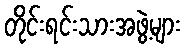
တိုင်းရင်းသားအဖွဲ့များ